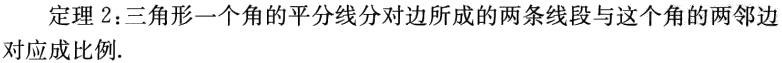
定理 2：三角形一个角的平分线分对边所成的两条线段与这个角的两邻边对应成比例.